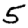
Digit: 5